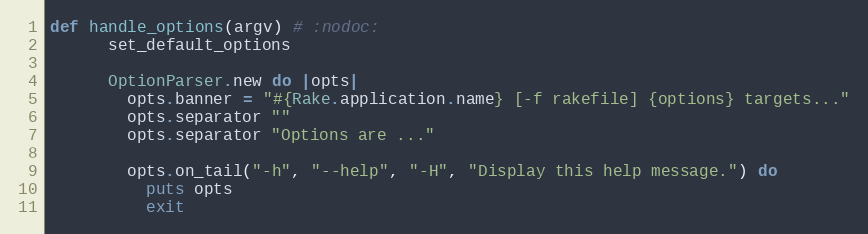
Language: Ruby
def handle_options(argv) # :nodoc:
      set_default_options

      OptionParser.new do |opts|
        opts.banner = "#{Rake.application.name} [-f rakefile] {options} targets..."
        opts.separator ""
        opts.separator "Options are ..."

        opts.on_tail("-h", "--help", "-H", "Display this help message.") do
          puts opts
          exit